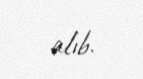
alıb.